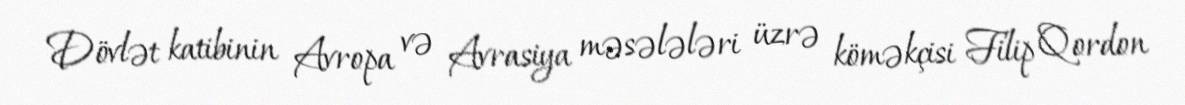
Dövlət katibinin Avropa və Avrasiya məsələləri üzrə köməkçisi Filip Qordon